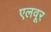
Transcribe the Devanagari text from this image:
एलवूर